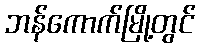
ဘန်ကောက်မြို့တွင်